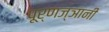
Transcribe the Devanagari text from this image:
पूर्णज्ञानी